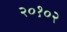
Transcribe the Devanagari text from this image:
२०१०२